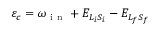
{ \varepsilon } _ { c } = { \omega } _ { \mathrm { ~ i ~ n ~ } } + { E } _ { { L } _ { i } { S } _ { i } } - { E } _ { { L } _ { f } { S } _ { f } }